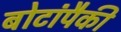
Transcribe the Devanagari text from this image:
बोटांपैकी